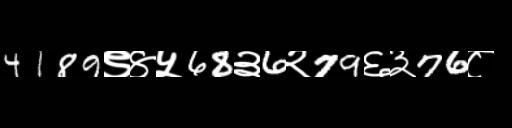
Text: 4189९४५68३6२79६३76८